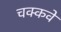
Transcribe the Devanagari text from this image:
चक्‍कवे